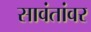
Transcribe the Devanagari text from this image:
सावंतांवर